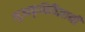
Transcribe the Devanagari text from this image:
भूआकृतिविज्ञानी